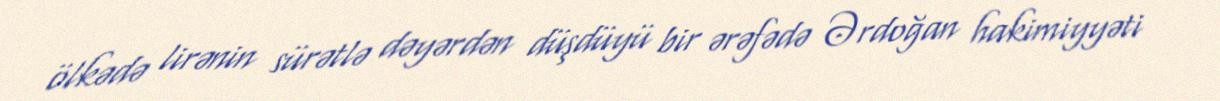
ölkədə lirənin sürətlə dəyərdən düşdüyü bir ərəfədə Ərdoğan hakimiyyəti